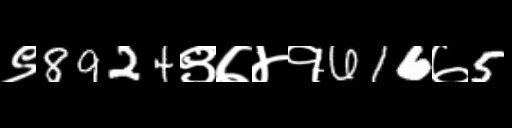
Text: ९8924९७४१616७5